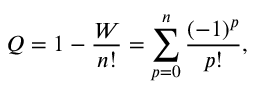
Q = 1 - { \frac { W } { n ! } } = \sum _ { p = 0 } ^ { n } { \frac { ( - 1 ) ^ { p } } { p ! } } ,